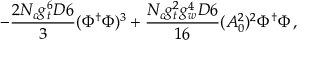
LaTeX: - \frac { 2 N _ { c } g _ { t } ^ { 6 } D 6 } { 3 } ( \Phi ^ { \dag } \Phi ) ^ { 3 } + \frac { N _ { c } g _ { t } ^ { 2 } g _ { w } ^ { 4 } D 6 } { 1 6 } ( A _ { 0 } ^ { 2 } ) ^ { 2 } \Phi ^ { \dag } \Phi \, ,